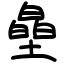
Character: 皨